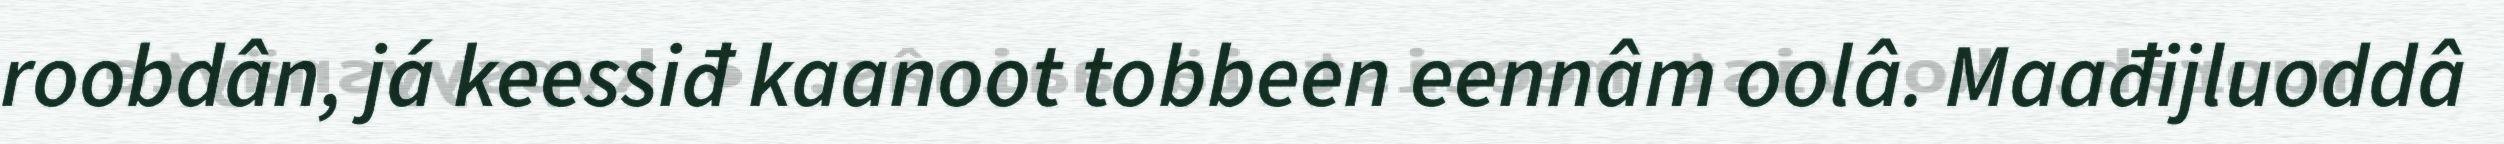
roobdân, já keessiđ kaanoot tobbeen eennâm oolâ. Maađijluoddâ